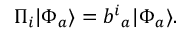
\Pi _ { i } | \Phi _ { a } \rangle = b ^ { i } { } _ { a } | \Phi _ { a } \rangle .